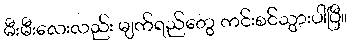
မီးမီးလေးလည်း မျက်ရည်တွေ ကင်းစင်သွားပါပြီ။